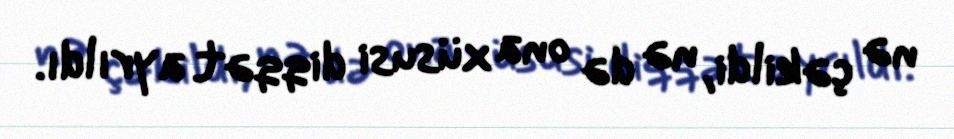
nə çəkildi, nə də ona xüsusi diqqət ayrıldı.